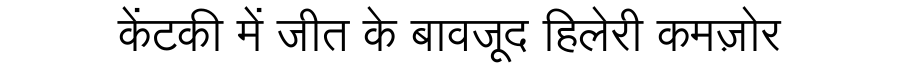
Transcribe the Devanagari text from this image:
केंटकी में जीत के बावजूद हिलेरी कमज़ोर